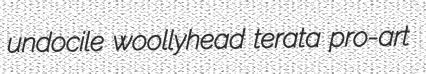
undocile woollyhead terata pro-art